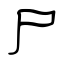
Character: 尸